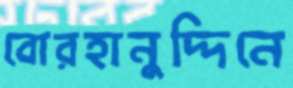
বোরহানুদ্দিনে